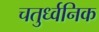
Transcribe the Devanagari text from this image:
चतुर्ध्वनिक